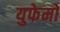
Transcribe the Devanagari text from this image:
युफेमो